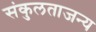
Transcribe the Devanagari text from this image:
संकुलताजन्य